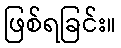
ဖြစ်ရခြင်း။